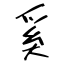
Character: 奚